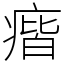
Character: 㾬